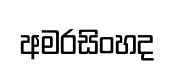
අමරසිංහද